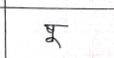
मजकूर: षू